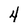
Character: 4